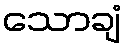
သောချံ